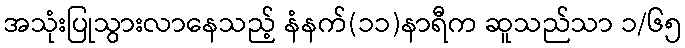
အသုံးပြုသွားလာနေသည့် နံနက်(၁၁)နာရီက ဆူသည်သာ ၁/၆၅